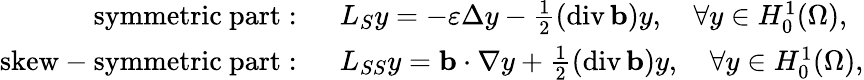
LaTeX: \begin{array}{rl}{\mathrm{symmetric~part:~}}&{L_{S}y=-\varepsilon\Delta y-\frac{1}{2}(\operatorname{div}\mathbf{b})y,\quad\forall y\in H_{0}^{1}(\Omega),}\\ {\mathrm{skew-symmetric~part:~}}&{L_{SS}y=\mathbf{b}\cdot\nabla y+\frac{1}{2}(\operatorname{div}\mathbf{b})y,\quad\forall y\in H_{0}^{1}(\Omega),}\end{array}